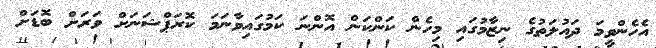
އެހެންވީމަ ދައުލަތުގެ ނިޒާމުގައި މިހެން ކަންކަން އޮންނަ ކަމުގައިވާނަމަ ކޮރަޕްޝަނަށް ވަރަށް ބޮޑަށް